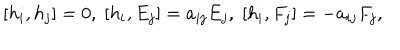
[ h _ { i } , h _ { j } ] = 0 , \; [ h _ { i } , E _ { j } ] = a _ { i j } E _ { j } , \; [ h _ { i } , F _ { j } ] = - a _ { i j } F _ { j } ,